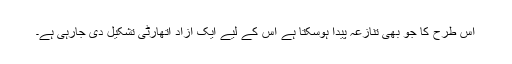
اس طرح کا جو بھی تنازعہ پیدا ہوسکتا ہے اس کے لیے ایک آزاد اتھارٹی تشکیل دی جارہی ہے۔